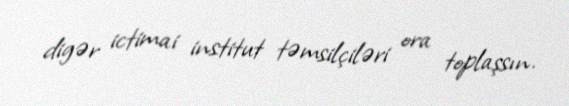
digər ictimai institut təmsilçiləri ora toplaşsın.